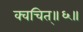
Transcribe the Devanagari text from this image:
क्वचित्॥६॥